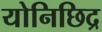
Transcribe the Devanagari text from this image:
योनिछिद्र